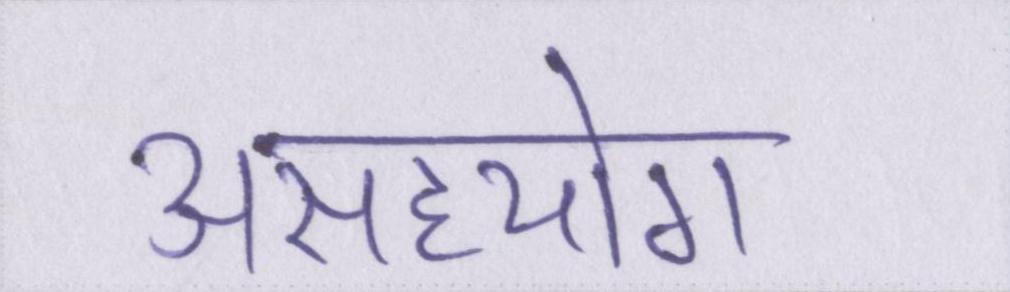
असहयोग